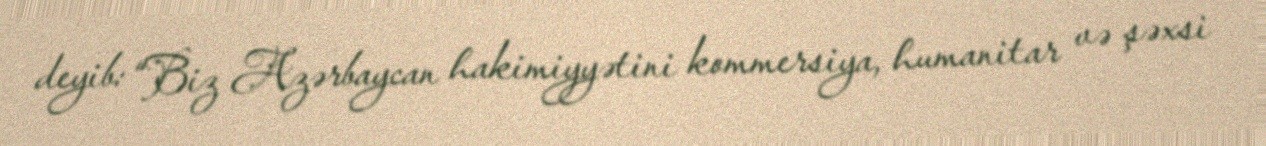
deyib: “Biz Azərbaycan hakimiyyətini kommersiya, humanitar və şəxsi